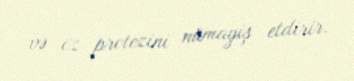
və öz protezini nümayiş etdirir.